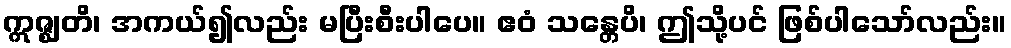
ဣဇ္ဈတိ၊ အကယ်၍လည်း မပြီးစီးပါပေ။ ဧဝံ သန္တေပိ၊ ဤသို့ပင် ဖြစ်ပါသော်လည်း။